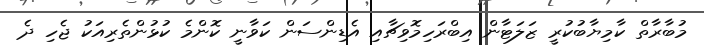
މުބާރާތް ކާމިޔާބުކުރީ ޒަލަޓާން އިބްރަހިމޮވިޗާއި އެޑިންސަން ކަވާނީ ކޮންމެ ކުޅުންތެރިއަކު ޖެހި ދެ